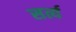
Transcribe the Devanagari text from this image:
सर्त्य